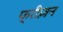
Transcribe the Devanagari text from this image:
फ्रीज़न